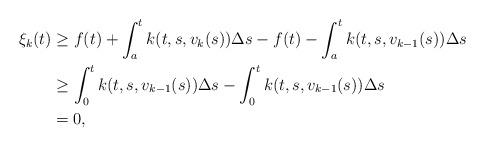
LaTeX: \begin{align*}\xi_k(t)&\geq f(t)+\int_a^t k(t,s,v_k(s))\Delta s - f(t)-\int_a^t k(t,s,v_{k-1}(s))\Delta s\\&\geq \int_0^t k(t,s,v_{k-1}(s))\Delta s - \int_0^t k(t,s,v_{k-1}(s))\Delta s\\&=0,\end{align*}